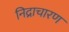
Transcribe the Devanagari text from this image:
निद्राचारण